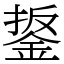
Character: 鋬